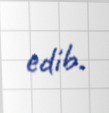
edib.